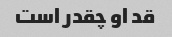
قد او چقدر است